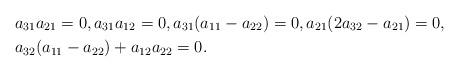
LaTeX: \begin{align*}&a_{31}a_{21}=0, a_{31}a_{12}=0, a_{31}(a_{11}-a_{22})=0, a_{21}(2a_{32}-a_{21})=0, \\ &a_{32}(a_{11}-a_{22})+a_{12}a_{22}=0.\end{align*}